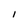
Character: I